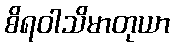
စိရဝါသိမာတုယာ